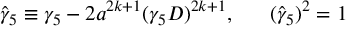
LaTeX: \hat { \gamma } _ { 5 } \equiv \gamma _ { 5 } - 2 a ^ { 2 k + 1 } ( \gamma _ { 5 } D ) ^ { 2 k + 1 } , \ \ \ \ \ ( \hat { \gamma } _ { 5 } ) ^ { 2 } = 1